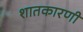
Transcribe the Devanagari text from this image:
शातकारणी